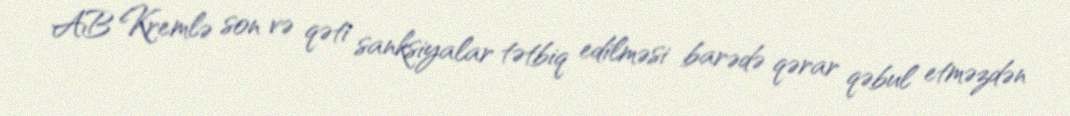
AB Kremlə son və qəti sanksiyalar tətbiq edilməsi barədə qərar qəbul etməzdən